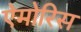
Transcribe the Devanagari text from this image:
ऐमोरिस